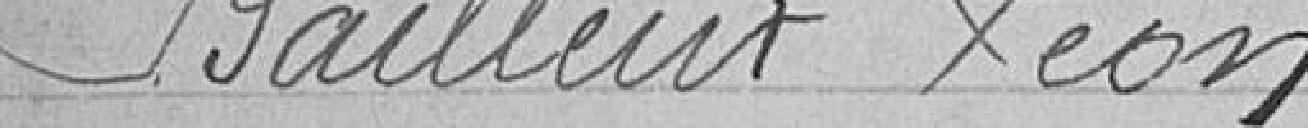
Bailleux Léon